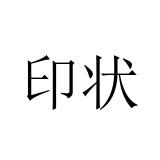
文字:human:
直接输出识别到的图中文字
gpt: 印状